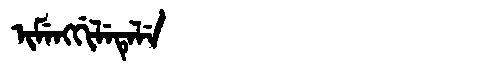
Manchu: ᡳᠮᡝᠩᡤᡳᠯᡝᡨᡝᠯᡝ
Romanization: IMENGGILETELE